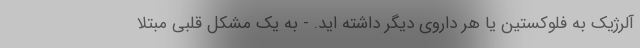
آلرژیک به فلوکستین یا هر داروی دیگر داشته اید. - به یک مشکل قلبی مبتلا